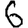
Digit: 6